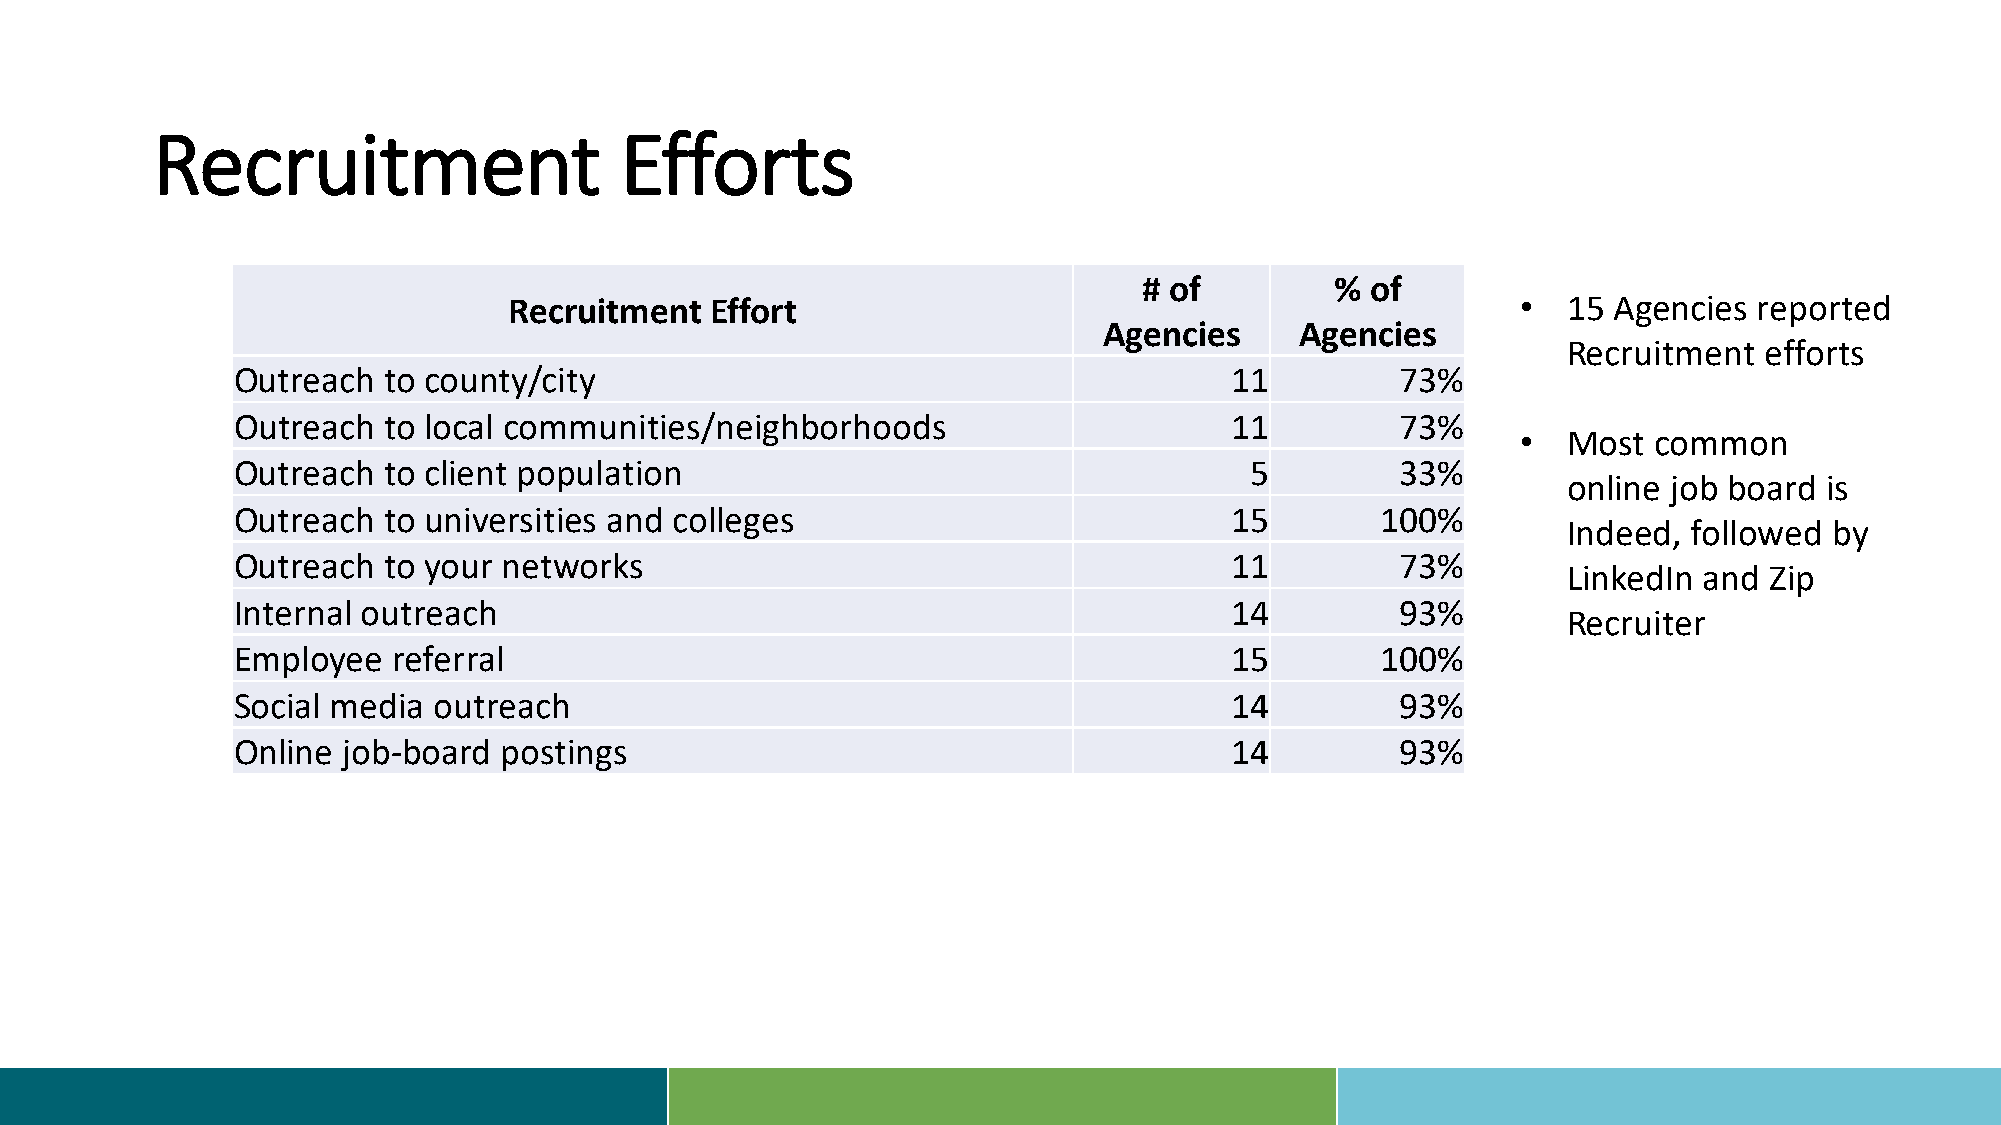
Recruitment                    Efforts
 # of        %  of
 Recruitment  Effort                                                •  15 Agencies reported
 Agencies     Agencies
 Recruitment  efforts
 Outreach  to county/city                                          11          73%
 Outreach  to local communities/neighborhoods                      11          73%
 •  Most common
 Outreach  to client population                                      5         33%
 online job board is
 Outreach  to universities and colleges                            15        100%
 Indeed, followed by
 Outreach  to your networks                                        11          73%
 LinkedIn and Zip
 Internal outreach                                                 14          93%
 Recruiter
 Employee   referral                                               15        100%
 Social media  outreach                                            14          93%
 Online  job-board postings                                        14          93%